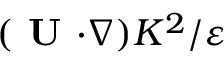
( { \textbf { U } } { \boldsymbol { \cdot } } { \boldsymbol { \nabla } } ) K ^ { 2 } / \varepsilon